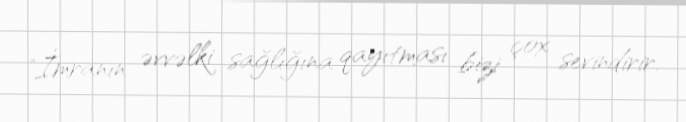
"İmranın əvvəlki sağlığına qayıtması bizi çox sevindirir.